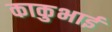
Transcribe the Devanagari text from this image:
काकुभाई